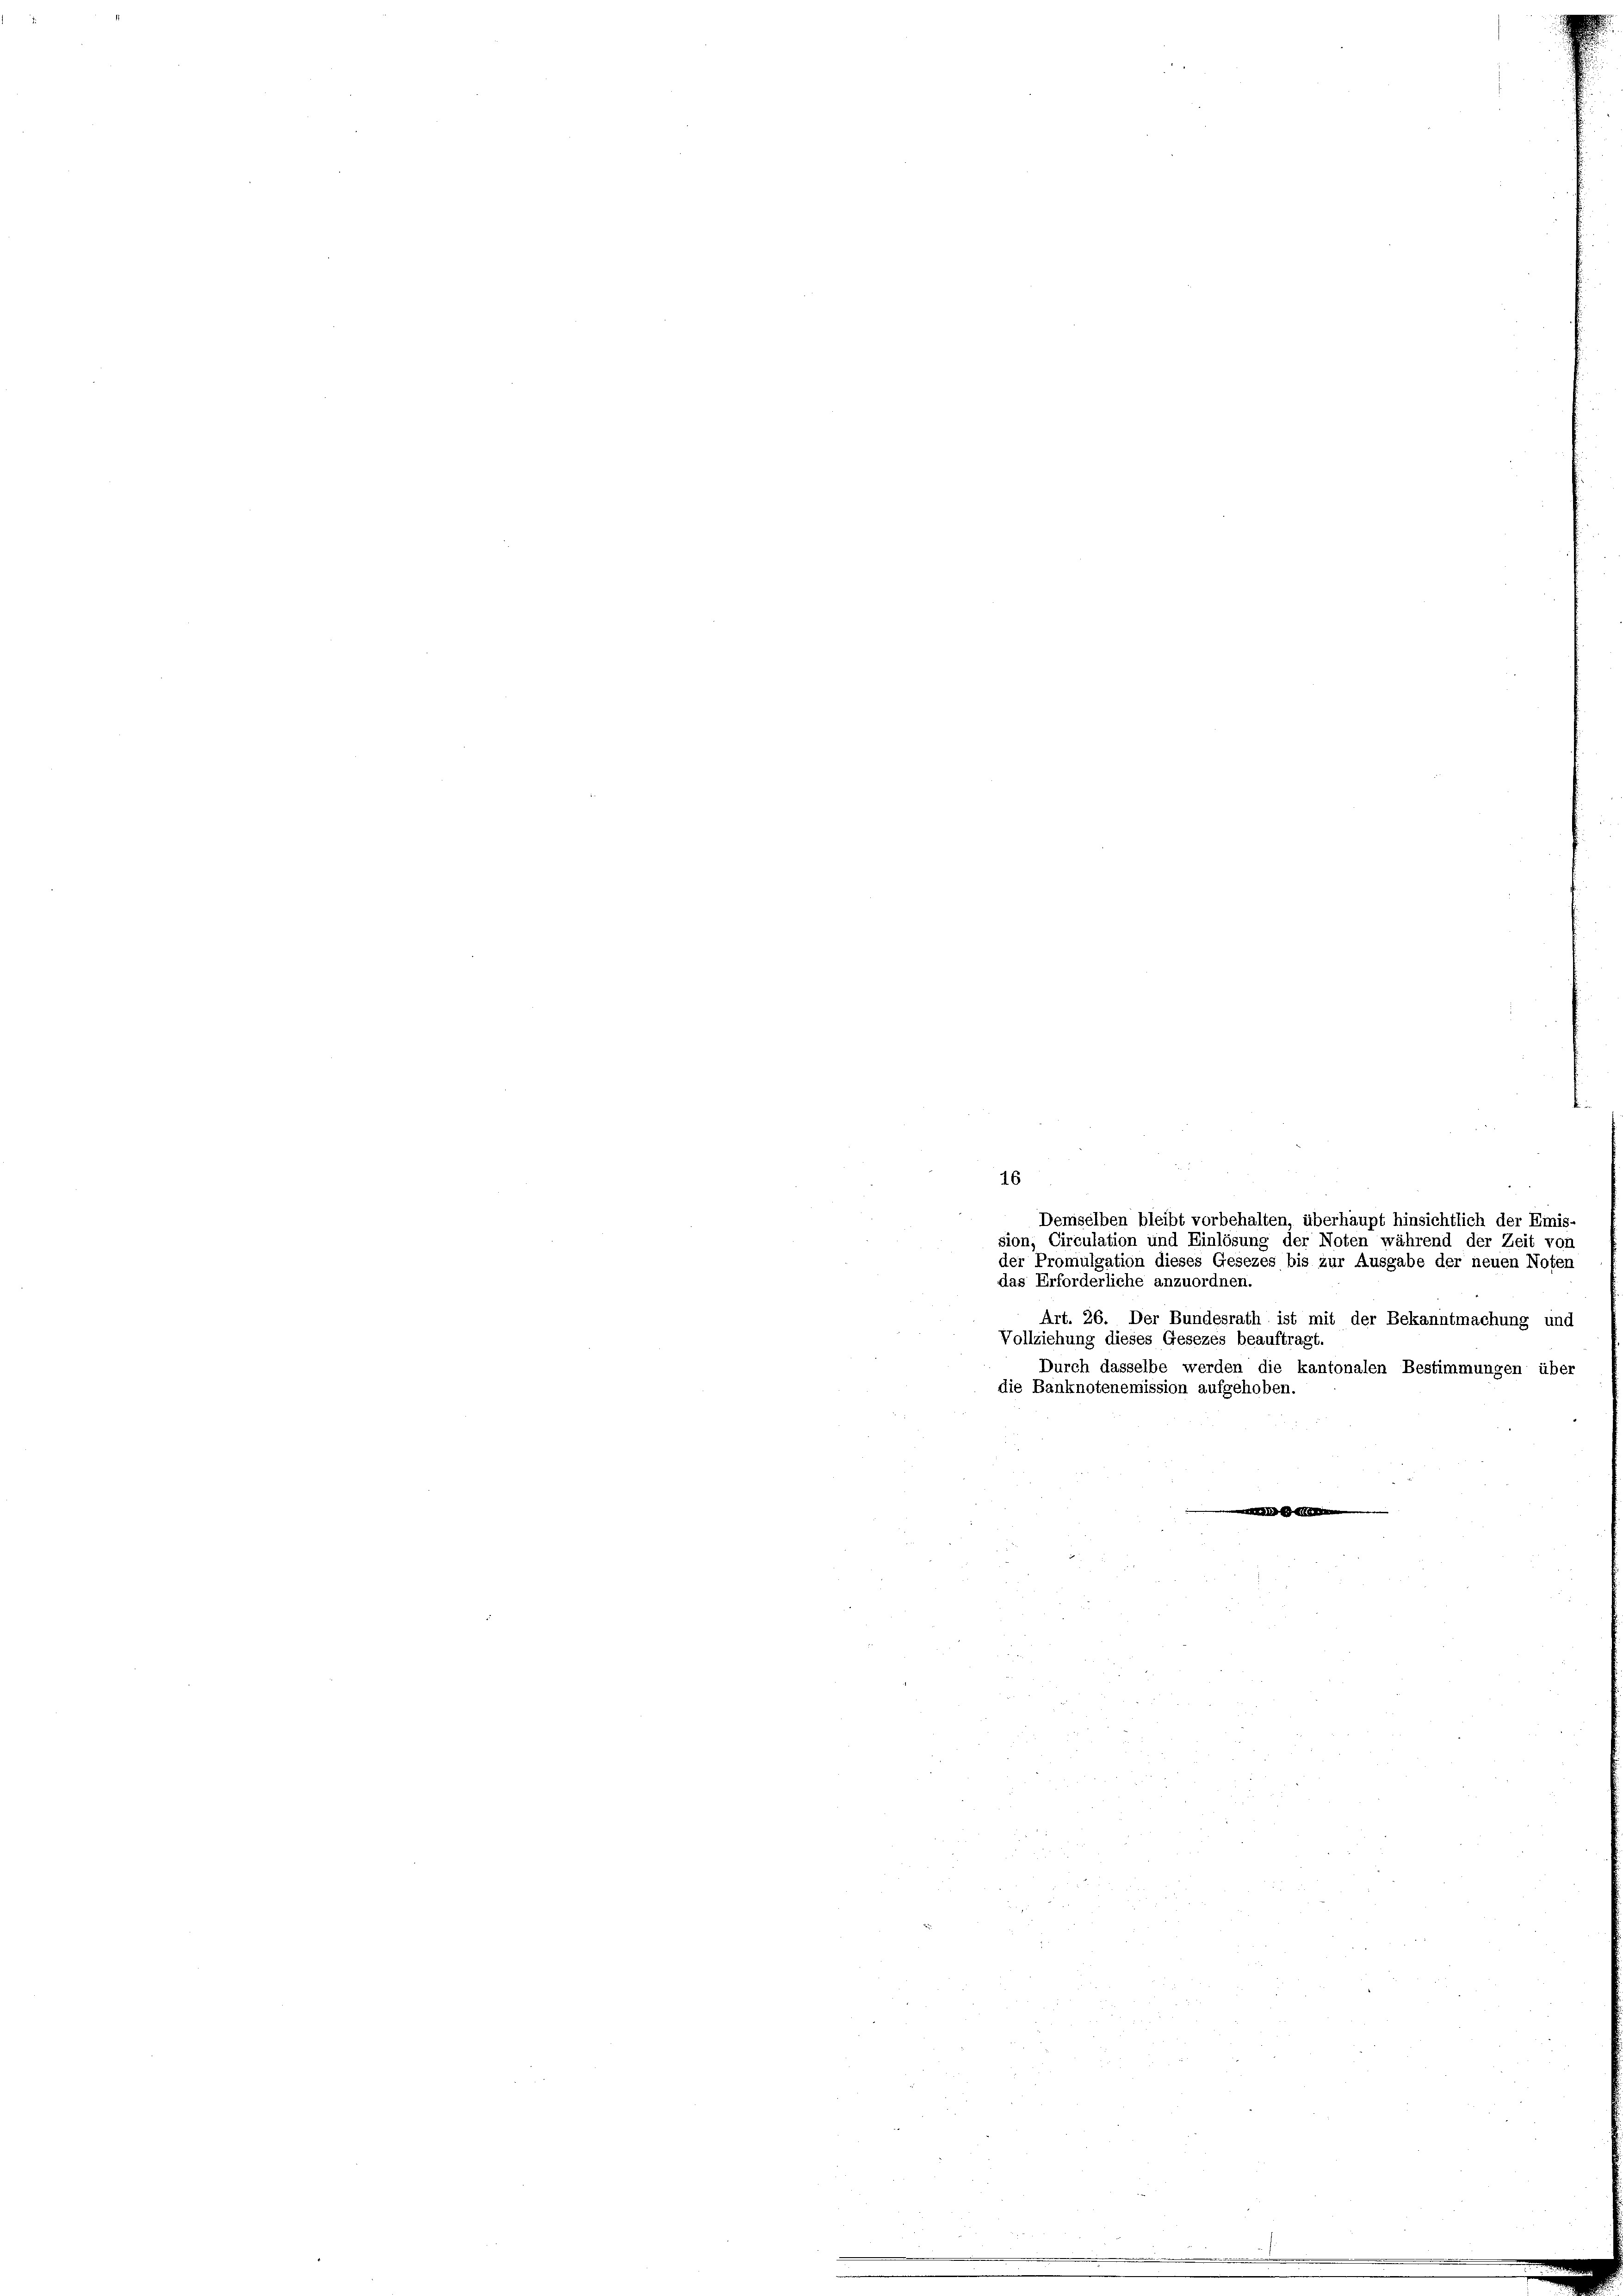
das Erforderliche anzuordnen.
Art. 26. Der Bundesrath ist mit der Bekanntmachung und
Vollziehung dieses Gesezes beauftragt.
Durch dasselbe werden die kantonalen Bestimmungen über
die Banknotenemission aufgehoben.

16
Demselben bleibt vorbehalten, überhaupt hinsichtlich der Emis-
sion, Circulation und Einlösung der Noten während der Zeit von
der Promulgation dieses Gesezes bis zur Ausgabe der neuen Noten